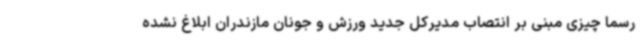
رسما چیزی مبنی بر انتصاب مدیرکل جدید ورزش و جونان مازندران ابلاغ نشده